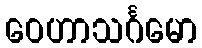
ဝေဟာသင်္ဂမော